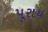
પૂરાય